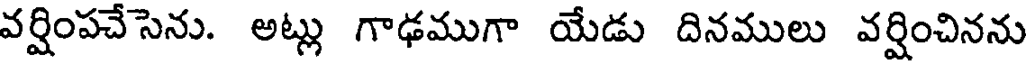
వర్షింపచేసెను. అట్లు గాఢముగా యేడు దినములు వర్షించినను